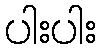
ပါးပါး